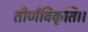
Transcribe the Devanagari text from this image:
तीर्णविकृति।।